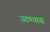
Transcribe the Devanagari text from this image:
उडण्यास